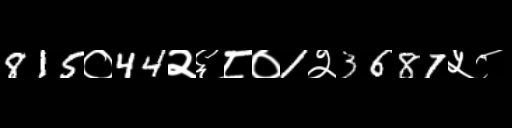
Text: 815०44२६८०1२3687५८